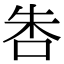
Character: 𠱒